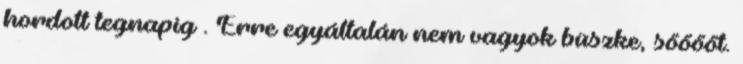
hordott tegnapig . Erre egyáltalán nem vagyok büszke, sőőőőt.